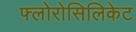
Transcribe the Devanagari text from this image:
फ्लोरोसिलिकेट